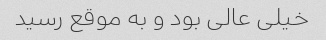
خیلی عالی بود و به موقع رسید